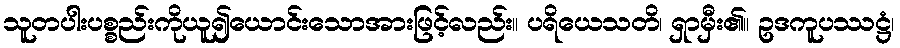
သူတပါးပစ္စည်းကိုယူ၍ယောင်းသောအားဖြင့်လည်း။ ပရိယေသတိ၊ ရှာမှီး၏။ ဥဒကူပဿဋ္ဌံ၊